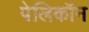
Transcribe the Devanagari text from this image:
पेलिकॉन